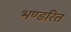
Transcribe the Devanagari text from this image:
भण्डरित